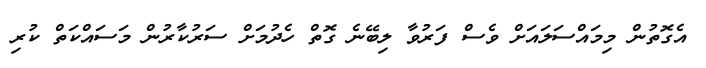
އެގޮތުން މިމައްސަލައަށް ވެސް ފަރުވާ ލިބޭނެ ގޮތް ހެދުމަށް ސަރުކާރުން މަސައްކަތް ކުރި